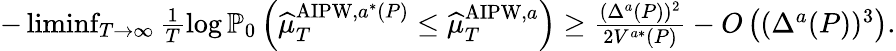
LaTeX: \begin{array}{r}{-\operatorname*{liminf}_{T\to\infty}\frac{1}{T}\log\mathbb{P}_{0}\left(\widehat{\mu}_{T}^{\mathrm{AIPW},a^{*}(P)}\leq\widehat{\mu}_{T}^{\mathrm{AIPW},a}\right)\geq\frac{(\Delta^{a}(P))^{2}}{2V^{a*}(P)}-O\left((\Delta^{a}(P))^{3}\right).}\end{array}